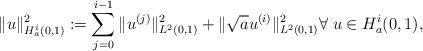
LaTeX: \begin{align*}\|u\|^2_{H^i_a(0,1)}:= \sum_{j=0}^{i-1}\|u^{(j)}\|^2_{L^2(0,1)}+ \|\sqrt{a}u^{(i)}\|^2_{L^2(0,1)} \forall \; u \in H^i_a(0,1),\end{align*}